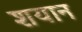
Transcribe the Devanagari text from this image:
शयान